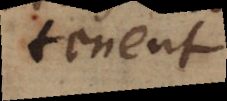
tenent